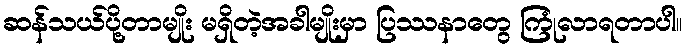
ဆန်သယ်ပို့တာမျိုး မရှိတဲ့အခါမျိုးမှာ ပြဿနာတွေ ကြုံလာရတာပါ။